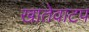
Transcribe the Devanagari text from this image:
खातेवाटप